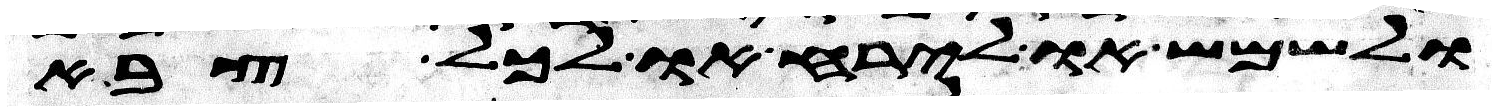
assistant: ולשמש או לירח או לכל צבא